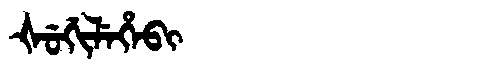
Manchu: ᡧᡠᡤᡳᠯᡝᡥᡝᠪᡳ
Romanization: ŠUGILEHEBI